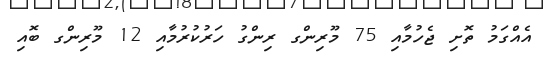
އެއްގަމު ތޮށި ޖެހުމާއި 75 މޫރިންގ ރިންގު ހަރުކުރުމާއި 12 މޫރިންގ ބޮއި